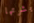
بشرتها